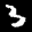
Label: 3